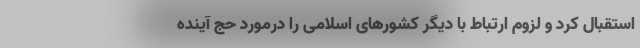
استقبال کرد و لزوم ارتباط با دیگر کشورهای اسلامی را درمورد حج آینده